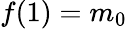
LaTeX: f(1)=m_{0}